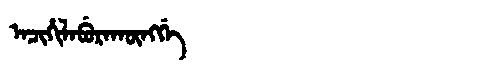
Manchu: ᠠᠴᡳᡥᡳᠯᠠᠪᡠᡵᠠᡴᡡᠩᡤᡝ
Romanization: ACIHILABURAKŪNGGE